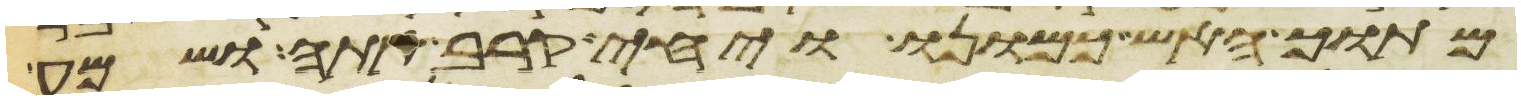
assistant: מתוך האש כמונו ויחי קרב אתה ושמע